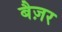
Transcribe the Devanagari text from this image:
बैज़र